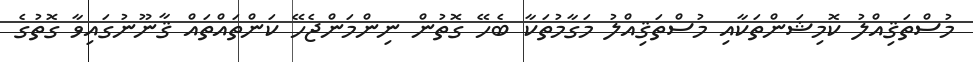
މުސްތަޤިއްލު ކޮމިޝަންތަކާއި މުސްތަޤިއްލު މަގާމުތަކާ ބެހޭ ގޮތުން ނިންމަންޖެހޭ ކަންތައްތައް ޤާނޫނުގައިވާ ގޮތުގެ